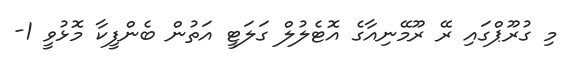
މި ގުރޫޕްގައި ރޭ ރޫމޭނިއާގެ އޮޓެލުލް ގަލަޓީ އަތުން ބެންފީކާ މޮޅުވީ 1-